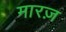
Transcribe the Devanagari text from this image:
मारज़